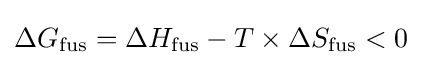
\Delta G_{\text{fus}}=\Delta H_{\text{fus}}-T\times \Delta S_{\text{fus}}<0